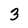
Character: 3